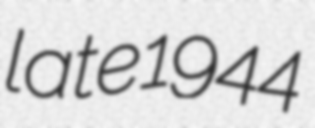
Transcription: late 1944